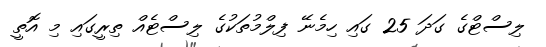
ލިސްޓްގެ ގަދަ 25 ގައި ހިމެނޭ ފިލްމުތަކުގެ ލިސްޓެއް ތިރީގައި މި އޮތީ